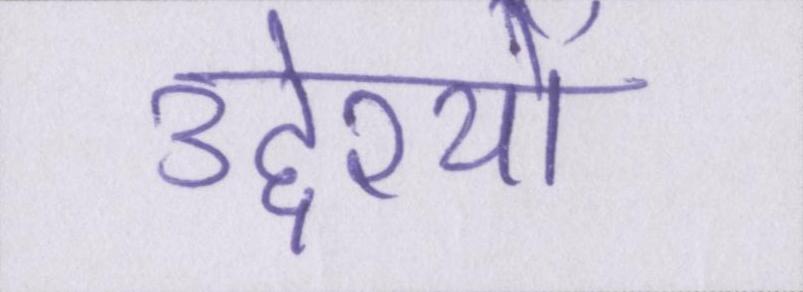
उद्देश्यों